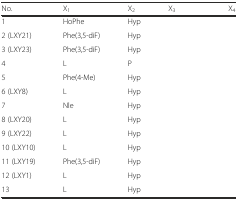
<table><thead><tr><td><b>No.</b></td><td><b>X<sub>1</sub></b></td><td><b>X<sub>2</sub></b></td><td><b>X<sub>3</sub></b></td><td><b>X<sub>4</sub></b></td></tr></thead><tbody><tr><td>1</td><td>HoPhe</td><td>Hyp</td><td>[EMPTY_CELL]</td><td>[EMPTY_CELL]</td></tr><tr><td>2 (LXY21)</td><td>Phe(3,5-diF)</td><td>Hyp</td><td>[EMPTY_CELL]</td><td>[EMPTY_CELL]</td></tr><tr><td>3 (LXY23)</td><td>Phe(3,5-diF)</td><td>Hyp</td><td>[EMPTY_CELL]</td><td>[EMPTY_CELL]</td></tr><tr><td>4</td><td>L</td><td>P</td><td>[EMPTY_CELL]</td><td>[EMPTY_CELL]</td></tr><tr><td>5</td><td>Phe(4-Me)</td><td>Hyp</td><td>[EMPTY_CELL]</td><td>[EMPTY_CELL]</td></tr><tr><td>6 (LXY8)</td><td>L</td><td>Hyp</td><td>[EMPTY_CELL]</td><td>[EMPTY_CELL]</td></tr><tr><td>7</td><td>Nle</td><td>Hyp</td><td>[EMPTY_CELL]</td><td>[EMPTY_CELL]</td></tr><tr><td>8 (LXY20)</td><td>L</td><td>Hyp</td><td>[EMPTY_CELL]</td><td>[EMPTY_CELL]</td></tr><tr><td>9 (LXY22)</td><td>L</td><td>Hyp</td><td>[EMPTY_CELL]</td><td>[EMPTY_CELL]</td></tr><tr><td>10 (LXY10)</td><td>L</td><td>Hyp</td><td>[EMPTY_CELL]</td><td>[EMPTY_CELL]</td></tr><tr><td>11 (LXY19)</td><td>Phe(3,5-diF)</td><td>Hyp</td><td>[EMPTY_CELL]</td><td>[EMPTY_CELL]</td></tr><tr><td>12 (LXY1)</td><td>L</td><td>Hyp</td><td>[EMPTY_CELL]</td><td>[EMPTY_CELL]</td></tr><tr><td>13</td><td>L</td><td>Hyp</td><td>[EMPTY_CELL]</td><td>[EMPTY_CELL]</td></tr></tbody></table>